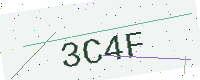
Text: 3C4F